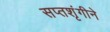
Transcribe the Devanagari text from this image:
सप्तशृंगीने